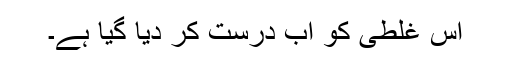
اس غلطی کو اب درست کر دیا گیا ہے۔